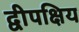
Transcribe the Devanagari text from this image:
द्वीपक्षिय